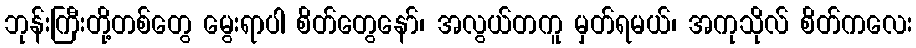
ဘုန်းကြီးတို့တစ်တွေ မွေးရာပါ စိတ်တွေနော်၊ အလွယ်တကူ မှတ်ရမယ်၊ အကုသိုလ် စိတ်ကလေး